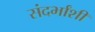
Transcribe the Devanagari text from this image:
संदर्भांशी